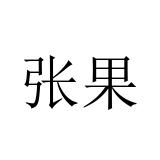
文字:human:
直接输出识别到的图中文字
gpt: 张果